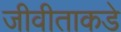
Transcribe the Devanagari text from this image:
जीवीताकडे